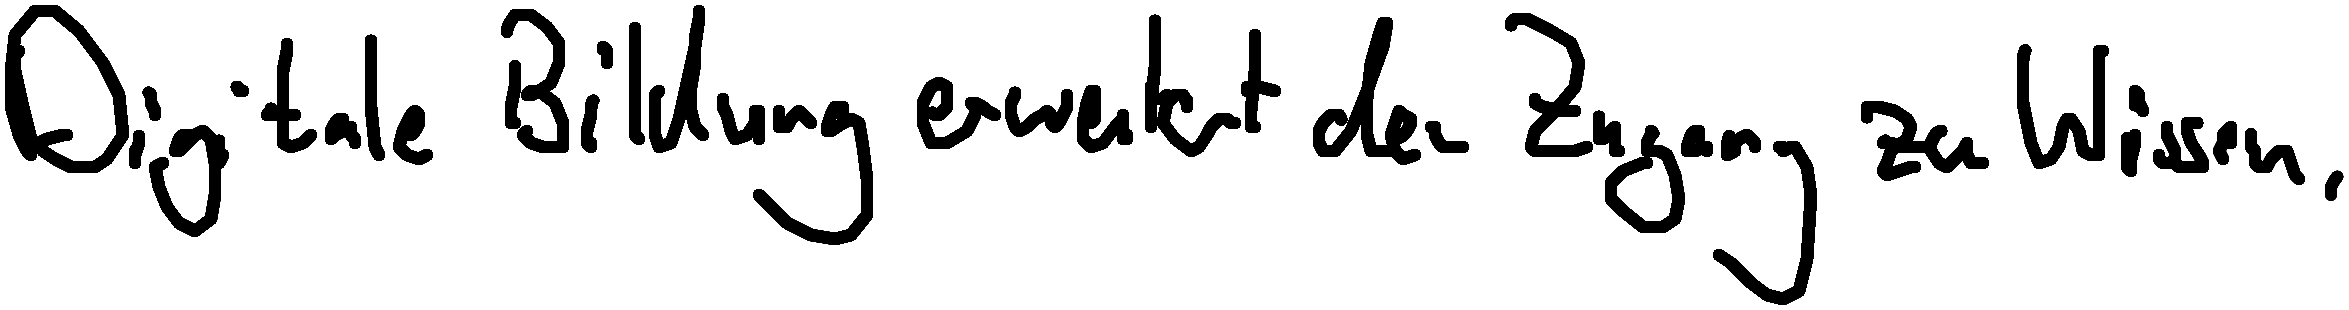
Digitale Bildung erweitert den Zugang zu Wissen.